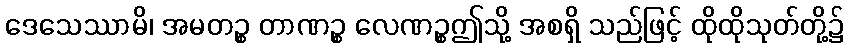
ဒေသေဿာမိ၊ အမတဉ္စ တာဏဉ္စ လေဏဉ္စဤသို့ အစရှိ သည်ဖြင့် ထိုထိုသုတ်တို့၌